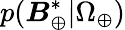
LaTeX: p(\boldsymbol{B}_{\oplus}^{*}|\Omega_{\oplus})